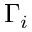
\Gamma _ { i }